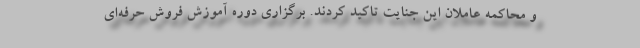
و محاکمه عاملان این جنایت تاکید کردند. برگزاری دوره آموزش فروش حرفه‌ای